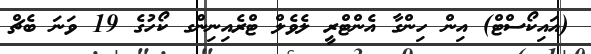
(އައިކޯސްޓް) އިން ހިންގާ އެންޓްރީ ލެވެލް ޓްރެއިނިންގ ކޯހުގެ 19 ވަނަ ބެޗް